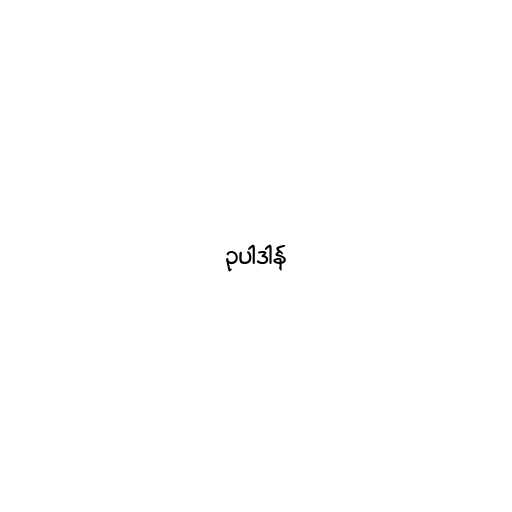
ဥပါဒါန်